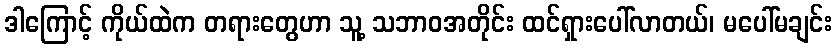
ဒါကြောင့် ကိုယ်ထဲက တရားတွေဟာ သူ့ သဘာဝအတိုင်း ထင်ရှားပေါ်လာတယ်၊ မပေါ်မချင်း